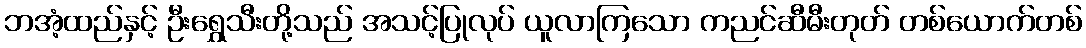
ဘအံ့ထည်နှင့် ဦးရွှေသီးတို့သည် အသင့်ပြုလုပ် ယူလာကြသော ကညင်ဆီမီးတုတ် တစ်ယောက်တစ်